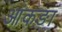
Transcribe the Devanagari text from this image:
आंकङा